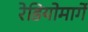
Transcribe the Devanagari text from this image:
रेडियोमार्गे